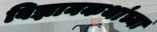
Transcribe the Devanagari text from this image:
विज्ञानकथांच्या